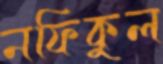
নফিকুল